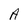
Character: A